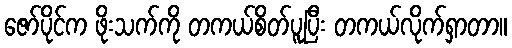
ဇော်ပိုင်က ဖိုးသက်ကို တကယ်စိတ်ပူပြီး တကယ်လိုက်ရှာတာ။